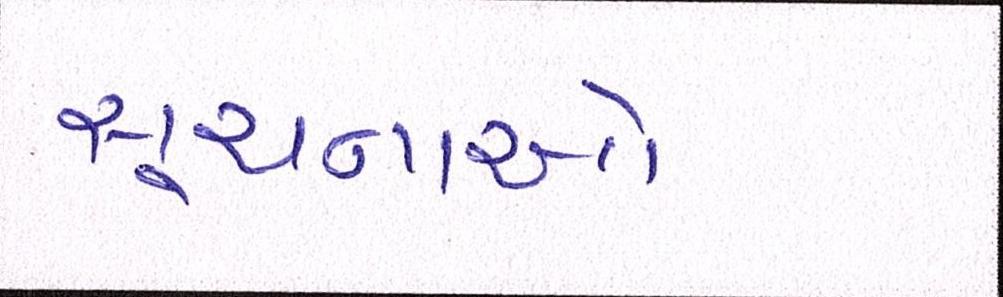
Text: સૂચનાઓ